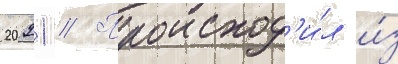
2021 // Происход'и́л и́з